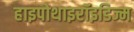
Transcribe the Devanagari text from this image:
हाइपोथाइरॉइडिज्म